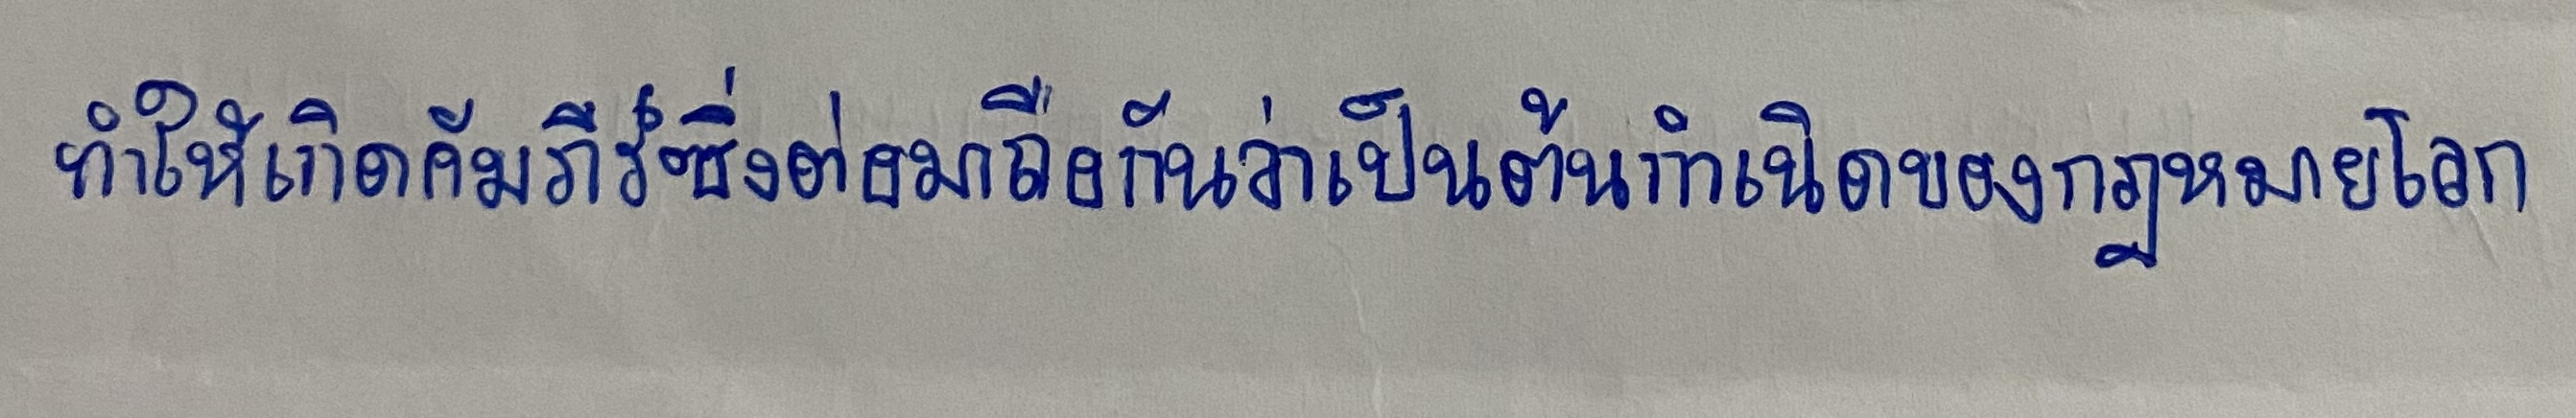
ทำให้เกิดคัมภีร์ซึ่งต่อมาถือกันว่าเป็นต้นกำเนิดของกฎหมายโลก